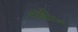
નશીબ